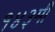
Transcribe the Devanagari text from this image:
१४३मी